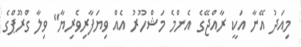
މިއަދު އޭނާ އަކީ ރާއްޖޭގެ އެންމެ މަޝްހޫރު އެއް ވިޔަފާރިވެރިޔާ" ވިލާ ގްރޫޕްގެ